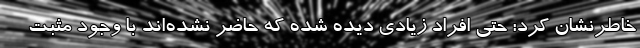
خاطرنشان کرد: حتی افراد زیادی دیده شده که حاضر نشده‌اند با وجود مثبت